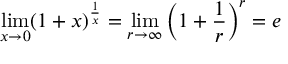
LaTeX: \operatorname* { l i m } _ { x \to 0 } ( 1 + x ) ^ { \frac { 1 } { x } } = \operatorname* { l i m } _ { r \to \infty } \left( 1 + { \frac { 1 } { r } } \right) ^ { r } = e